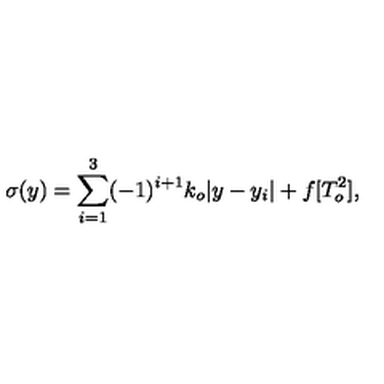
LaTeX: \sigma ( y ) = \sum _ { i = 1 } ^ { 3 } ( - 1 ) ^ { i + 1 } k _ { o } | y - y _ { i } | + f [ T _ { o } ^ { 2 } ] , \,